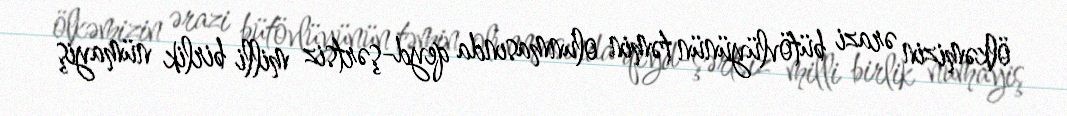
ölkəmizin ərazi bütövlüyünün təmin olunmasında qeyd-şərtsiz milli birlik nümayiş